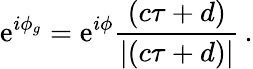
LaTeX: \mathrm{e}^{i\phi_{g}}=\mathrm{e}^{i\phi}\frac{{\left(c\tau+d\right)}}{{\left|\left(c\tau+d\right)\right|}}\, .